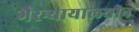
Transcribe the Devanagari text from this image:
गैरन्यायालयीन